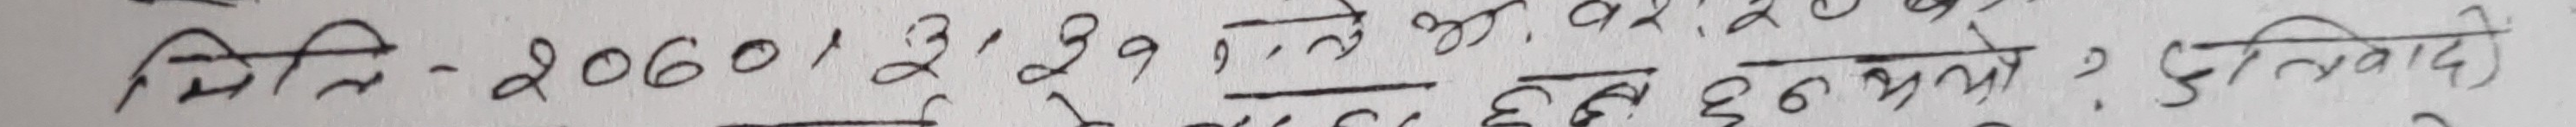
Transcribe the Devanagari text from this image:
मिति - २०६०, २, २९, को ज्योति वृद्धि भयो ? छलवादी